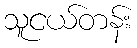
သူငယ်တန်း